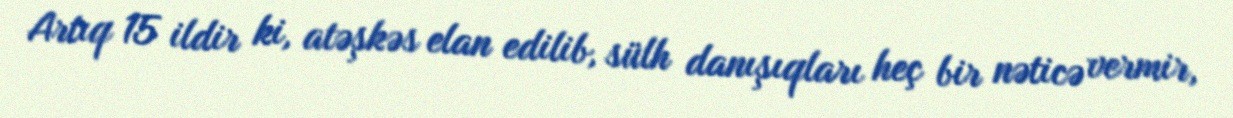
Artıq 15 ildir ki, atəşkəs elan edilib, sülh danışıqları heç bir nəticə vermir,